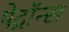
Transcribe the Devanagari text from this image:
पेट्रॉन्स